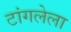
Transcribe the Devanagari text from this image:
टांगलेला